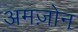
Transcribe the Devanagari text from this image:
अमज़ोन